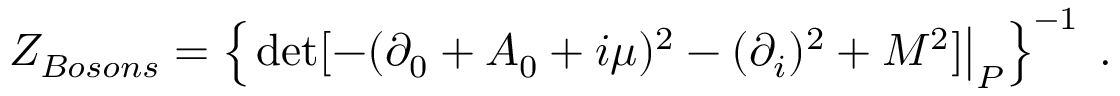
{ \cal Z } _ { B o s o n s } = \left\{ \left. \operatorname * { d e t } [ - ( \partial _ { 0 } + A _ { 0 } + i \mu ) ^ { 2 } - ( \partial _ { i } ) ^ { 2 } + M ^ { 2 } ] \right| _ { P } \right\} ^ { - 1 } \; .